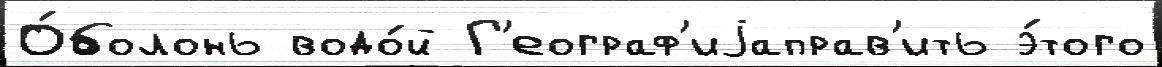
О́болонь водо́й Г'еограф'иjаправ'ить э́того